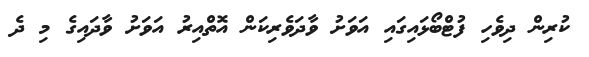
ކުރިން ދިވެހި ފުޓްބޯޅައިގައި އަވަށު ވާދަވެރިކަން އޮތްއިރު އަވަށު ވާދައިގެ މި ދެ